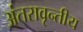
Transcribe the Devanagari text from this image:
अंतरावृन्तीय